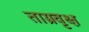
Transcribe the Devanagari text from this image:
ताम्रवृक्ष